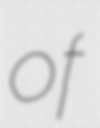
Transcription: of